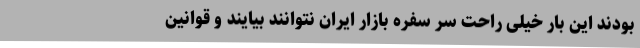
بودند این بار خیلی راحت سر سفره بازار ایران نتوانند بیایند و قوانین